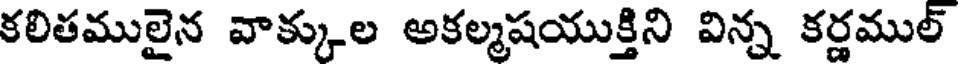
కలితములైన వాక్కుల అకల్మషయుక్తిని విన్న కర్ణముల్